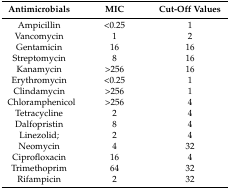
| Antimicrobials | MIC | Cut-Off Values |
 | --- | --- | --- |
 | Ampicillin | <0.25 | 1 |
 | Vancomycin | 1 | 2 |
 | Gentamicin | 16 | 16 |
 | Streptomycin | 8 | 16 |
 | Kanamycin | >256 | 16 |
 | Erythromycin | <0.25 | 1 |
 | Clindamycin | >256 | 1 |
 | Chloramphenicol | >256 | 4 |
 | Tetracycline | 2 | 4 |
 | Dalfopristin | 8 | 4 |
 | Linezolid; | 2 | 4 |
 | Neomycin | 4 | 32 |
 | Ciprofloxacin | 16 | 4 |
 | Trimethoprim | 64 | 32 |
 | Rifampicin | 2 | 32 |